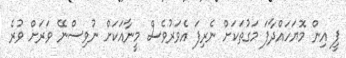
ޕީ އިން މޮޔަހައްދާފަ މަގުތަކަށް ނެރިފަ އެވަރުވެސް މީނާއަކަށް ނުވިސްނޭ ވަރަށް ވުރެ